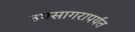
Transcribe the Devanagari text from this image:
उपसागरापर्यंत